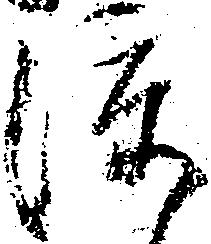
渡